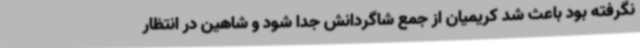
نگرفته بود باعث شد کریمیان از جمع شاگردانش جدا شود و شاهین در انتظار